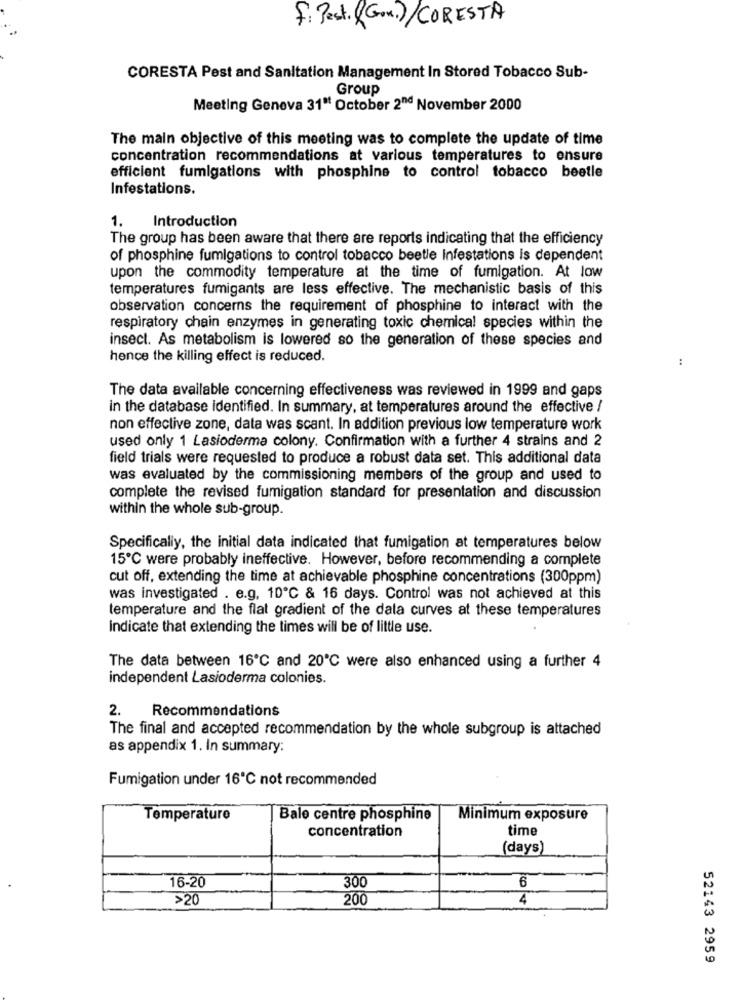
F: Pest. (Gox.)/ CORESTA
CORESTA Pest and Sanitation Management In Stored Tobacco Sub-
Group
Meeting Genova 31ª October 2nd November 2000
The main objective of this meeting was to complete the update of time
concentration recommendations at various temperatures to ensure
efficient fumigations with phosphine to control tobacco beetle
Infestations.
1.
Introduction
The group has been aware that there are reports indicating that the efficiency
of phosphine fumigations to control tobacco beetle Infestations is dependent
upon the commodity temperature at the time of fumigation. At low
temperatures fumigants are less effective. The mechanistic basis of this
observation concerns the requirement of phosphine to interact with the
respiratory chain enzymes in generating toxic chemical species within the
insect. As metabolism is lowered so the generation of these species and
hence the killing effect is reduced.
:
The data available concerning effectiveness was reviewed in 1999 and gaps
in the database identified. In summary, at temperatures around the effective /
non effective zone, data was scant. In addition previous low temperature work
used only 1 Lasioderma colony. Confirmation with a further 4 strains and 2
field trials were requested to produce a robust data set. This additional data
was evaluated by the commissioning members of the group and used to
complete the revised fumigation standard for presentation and discussion
within the whole sub-group.
Specifically, the initial data indicated that fumigation at temperatures below
15℃ were probably ineffective. However, before recommending a complete
cut off, extending the time at achievable phosphine concentrations (300ppm)
was investigated . e.g, 10℃ & 16 days. Control was not achieved at this
temperature and the flat gradient of the data curves at these temperatures
Indicate that extending the times will be of little use.
The data between 16℃ and 20℃ were also enhanced using a further 4
independent Lasioderma colonies.
2. Recommendations
The final and accepted recommendation by the whole subgroup is attached
as appendix 1. In summary:
Fumigation under 16℃ not recommended
Temperature
Bale centre phosphine
Minimum exposure
concentration
time
(days)
6
16-20
300
>20
200
52143 2959